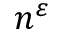
n ^ { \varepsilon }